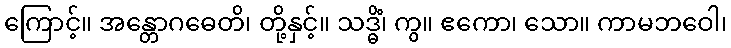
ကြောင့်။ အန္တောဂဓေတိ၊ တို့နှင့်။ သဒ္ဓိံ၊ ကွ။ ဧကော၊ သော။ ကာမဘဝေါ၊